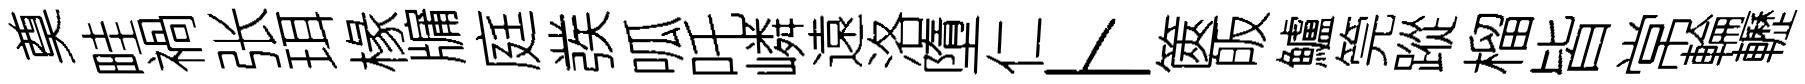
奠畦禍张珥椽牖庭彂呱吒嶙遠洛墮仁卜篋皈鱸筦蹤榴皆常輪轣